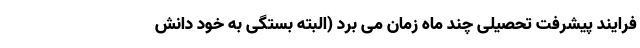
فرایند پیشرفت تحصیلی چند ماه زمان می برد (البته بستگی به خود دانش